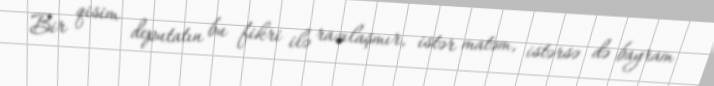
Bir qisim deputatın bu fikri ilə razılaşmır, istər matəm, istərsə də bayram